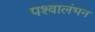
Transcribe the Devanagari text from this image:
पश्वालंभन